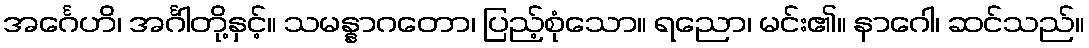
အင်္ဂေဟိ၊ အင်္ဂါတို့နှင့်။ သမန္နာဂတော၊ ပြည့်စုံသော။ ရညော၊ မင်း၏။ နာဂေါ၊ ဆင်သည်။